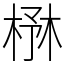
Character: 㮊